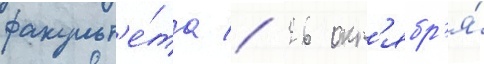
факульт'е́та // 26 окт'ябр'я́